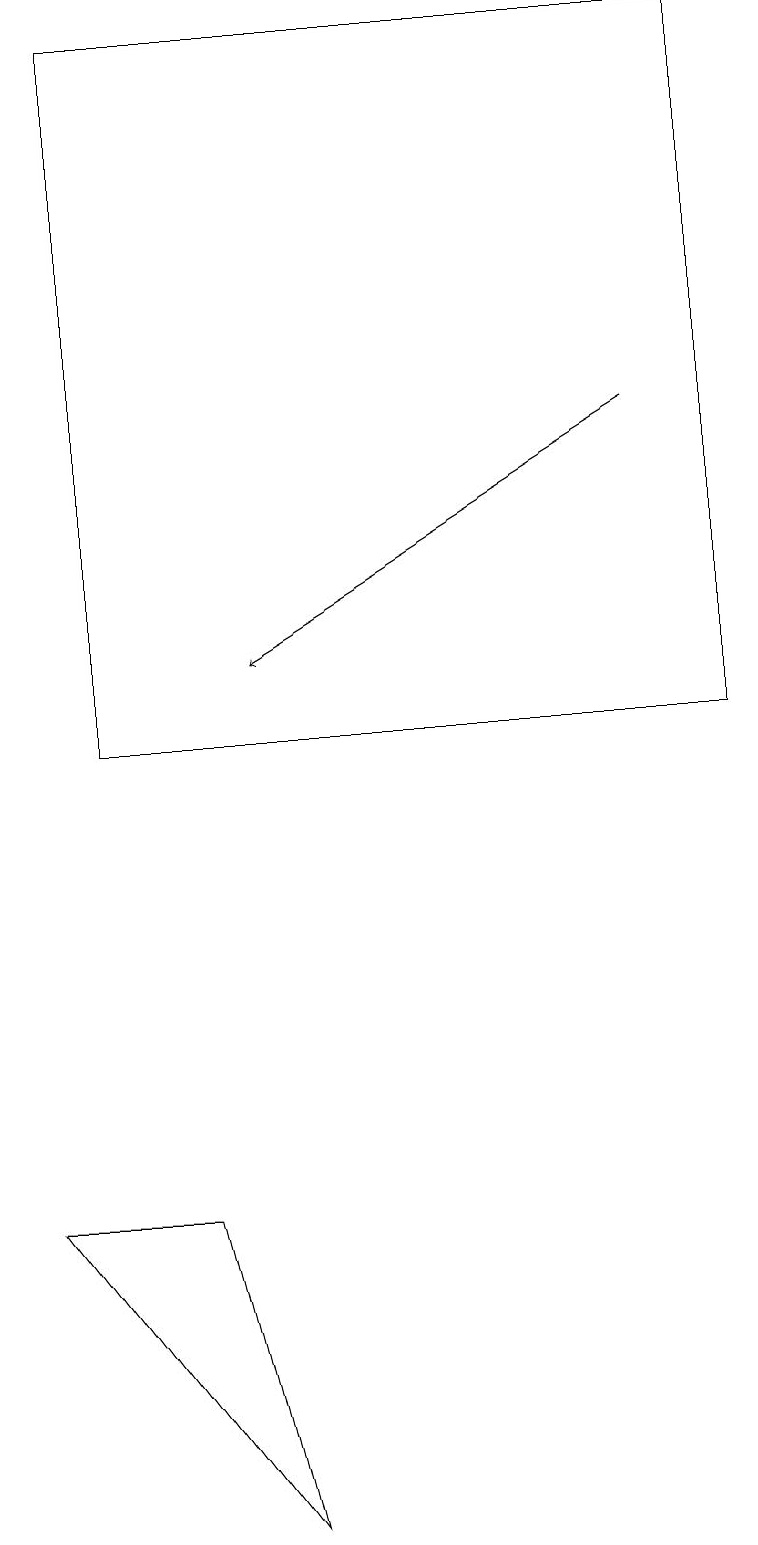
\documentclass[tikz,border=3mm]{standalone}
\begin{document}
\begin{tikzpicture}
\draw (2,4) -- (3,0) -- (0,4) -- cycle;
\draw (9,10) rectangle (1,19);
\draw[->] (8,14) -- (3,11);
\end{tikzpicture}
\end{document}